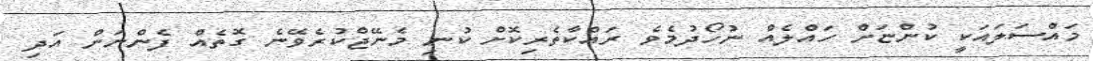
މައްސަލައަކީ ކުންޏަށް ހައްލެއް ނުހޯދުމެވެ ރައްކާތެރިކޮށް ކުނި މެނޭޖްކުރެވޭނެ ގޮތެއް ފެންނަން އަދި